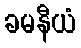
ခမနီယံ